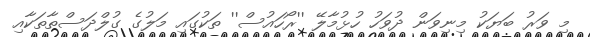
މި ވަރު ބަޔަކު މިނިވަން ދުވަހު ހުޅުމާލޭ ''ރޯހައުސް'' ތަކުގައި މަލުގެ ގުލްދަސްތާތަކާއި